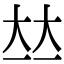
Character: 𡘋